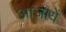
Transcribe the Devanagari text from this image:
आजायें